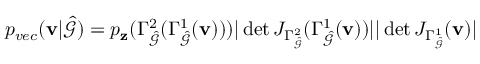
p _ { v e c } ( \mathbf { v } | \hat { \mathcal { G } } ) = p _ { \mathbf { z } } ( \Gamma _ { \hat { \mathcal { G } } } ^ { 2 } ( \Gamma _ { \hat { \mathcal { G } } } ^ { 1 } ( \mathbf { v } ) ) ) | \operatorname* { d e t } J _ { \Gamma _ { \hat { \mathcal { G } } } ^ { 2 } } ( \Gamma _ { \hat { \mathcal { G } } } ^ { 1 } ( \mathbf { v } ) ) | | \operatorname* { d e t } J _ { \Gamma _ { \hat { \mathcal { G } } } ^ { 1 } } ( \mathbf { v } ) |